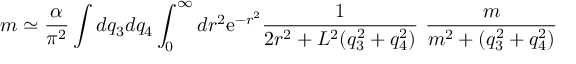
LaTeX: m \simeq \frac { \alpha } { \pi ^ { 2 } } \int d q _ { 3 } d q _ { 4 } \int _ { 0 } ^ { \infty } d r ^ { 2 } \mathrm { e } ^ { - r ^ { 2 } } \frac { 1 } { 2 r ^ { 2 } + L ^ { 2 } ( q _ { 3 } ^ { 2 } + q _ { 4 } ^ { 2 } ) } ~ \frac { m } { m ^ { 2 } + ( q _ { 3 } ^ { 2 } + q _ { 4 } ^ { 2 } ) }